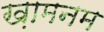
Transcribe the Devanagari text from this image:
ख़ामनम